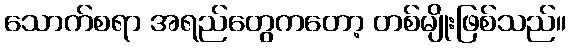
သောက်စရာ အရည်တွေကတော့ တစ်မျိုးဖြစ်သည်။